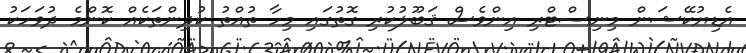
އެޑިޔުކޭޝަން މިނިސްޓްރި އިންވެސް ޤަބޫލުކުރި ގޮތުގައި މިހާ ތުއްތު ކުދިންތަކެއް ކޮންމެ ދުވަހަކު